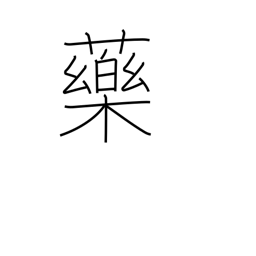
Meaning: chemical